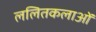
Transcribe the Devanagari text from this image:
ललितकलाओं